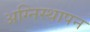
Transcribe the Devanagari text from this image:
अग्निस्थापन